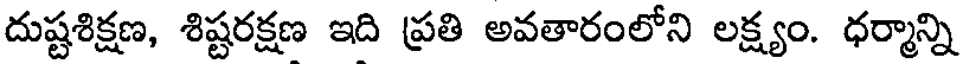
దుష్టశిక్షణ, శిష్టరక్షణ ఇది ప్రతి అవతారంలోని లక్ష్యం. ధర్మాన్ని